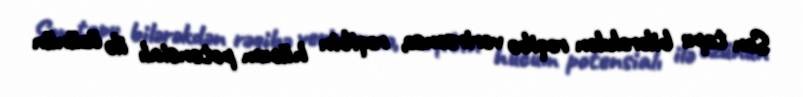
Sən topu bilərəkdən rəqibə verirsənsə, rəqibin hücum potensialı ilə özünün